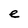
Character: e